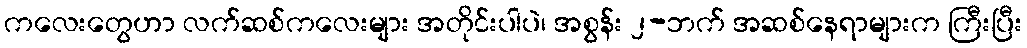
ကလေးတွေဟာ လက်ဆစ်ကလေးများ အတိုင်းပါပဲ၊ အစွန်း ၂-ဘက် အဆစ်နေရာများက ကြီးပြီး